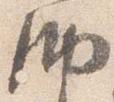
納